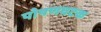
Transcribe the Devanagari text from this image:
पोषणघटक